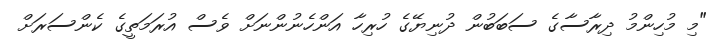
"މި މުހިންމު ދިރާސާގެ ސަބަބުން ދުނިޔޭގެ ހުރިހާ އަންހެނުންނަށް ވެސް އުރަމަތީގެ ކެންސަރަށް